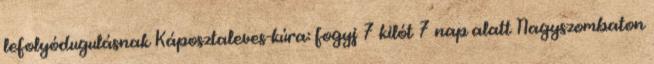
lefolyódugulásnak Káposztaleves-kúra: fogyj 7 kilót 7 nap alatt Nagyszombaton